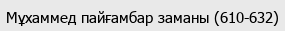
Мұхаммед пайғамбар заманы (610-632)